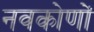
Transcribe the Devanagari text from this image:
नवकोणों